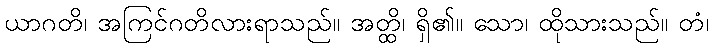
ယာဂတိ၊ အကြင်ဂတိလားရာသည်။ အတ္ထိ၊ ရှိ၏။ သော၊ ထိုသားသည်။ တံ၊